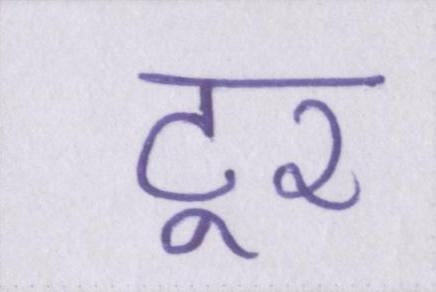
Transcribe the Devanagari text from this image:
टूर